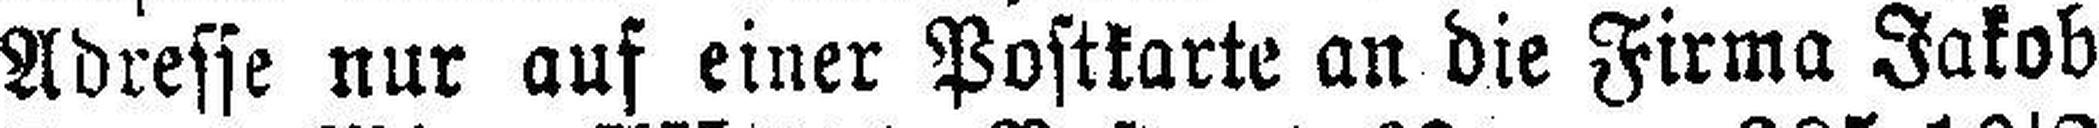
Adresse nur auf einer Postkarte an die Firma Jakob